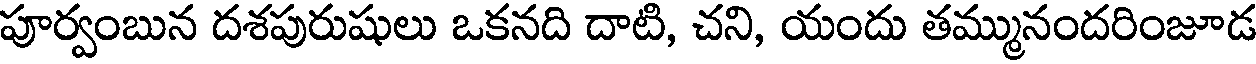
పూర్వంబున దశపురుషులు ఒకనది దాటి, చని, యందు తమ్మునందరింజూడ